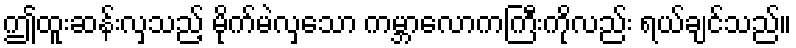
ဤထူးဆန်းလှသည့် မိုက်မဲလှသော ကမ္ဘာလောကကြီးကိုလည်း ရယ်ချင်သည်။